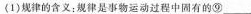
(1)规律的含义：规律是事物运动过程中固有的⑨____